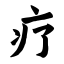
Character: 疗